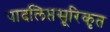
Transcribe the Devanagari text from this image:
पादलिप्तसूरिकृत